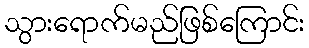
သွားရောက်မည်ဖြစ်ကြောင်း